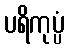
ပရိကုပ္ပံ